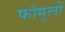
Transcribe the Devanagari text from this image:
फॉमूलों